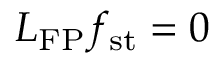
\boldsymbol { L } _ { \mathrm { F P } } f _ { \mathrm { s t } } = 0